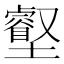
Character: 𡓝